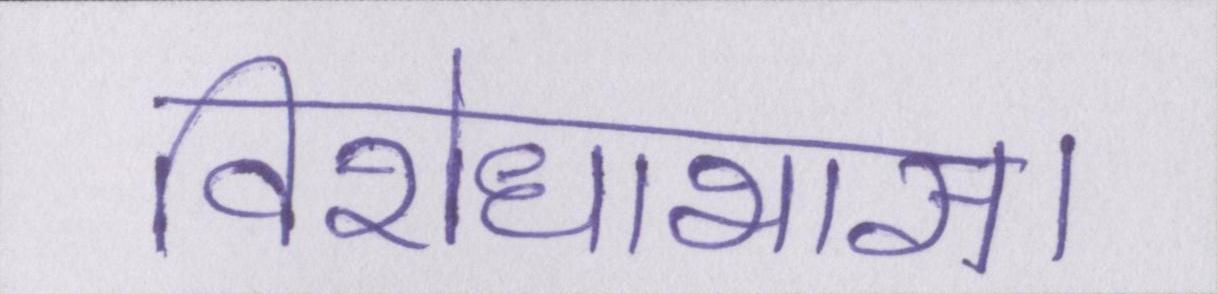
विरोधाभास।